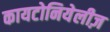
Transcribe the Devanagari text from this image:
कायटोनियेलीज़